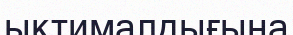
ықтималдығына